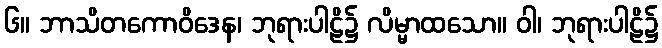
၆။ ဘာသိတကောဝိဒေန၊ ဘုရားပါဠိ၌ လိမ္မာထသော။ ဝါ၊ ဘုရားပါဠိ၌